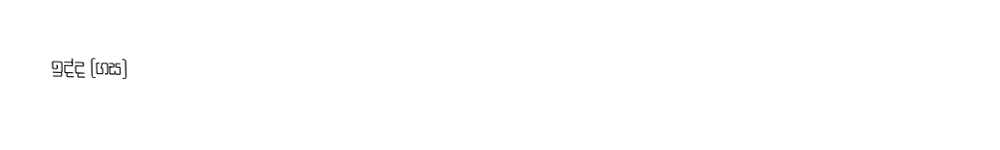
ඉද්ද (ගස)